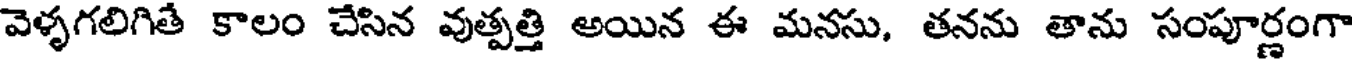
వెళ్ళగలిగితే కాలం చేసిన వుత్పత్తి అయిన ఈ మనసు, తనను తాను సంపూర్ణంగా